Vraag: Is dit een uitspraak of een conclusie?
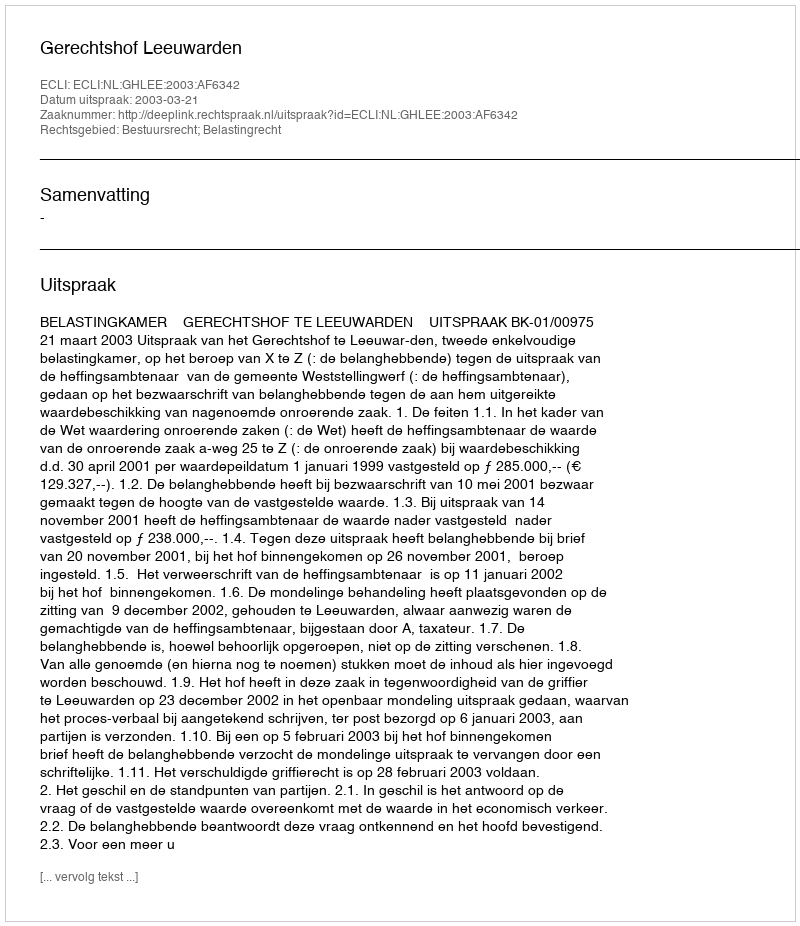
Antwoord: Uitspraak